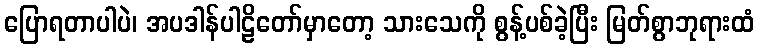
ပြောရတာပါပဲ၊ အပဒါန်ပါဠိတော်မှာတော့ သားသေကို စွန့်ပစ်ခဲ့ပြီး မြတ်စွာဘုရားထံ